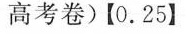
高考卷)【0.25】